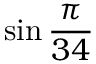
\sin { \frac { \pi } { 3 4 } }